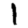
Digit: 1